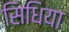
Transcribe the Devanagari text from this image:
सिधिया